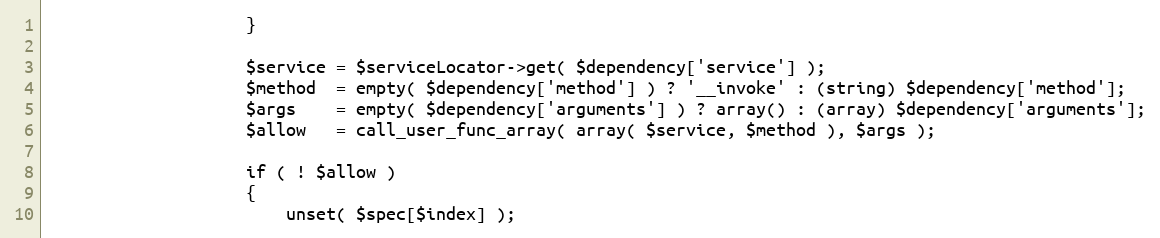
Language: PHP
                    }

                    $service = $serviceLocator->get( $dependency['service'] );
                    $method  = empty( $dependency['method'] ) ? '__invoke' : (string) $dependency['method'];
                    $args    = empty( $dependency['arguments'] ) ? array() : (array) $dependency['arguments'];
                    $allow   = call_user_func_array( array( $service, $method ), $args );

                    if ( ! $allow )
                    {
                        unset( $spec[$index] );